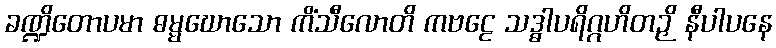
ခဏ္ဍိတောပမာ ဓမ္မဃောသော ကိံသီလောတိ ကဗဠေ သဒ္ဓါပရိဂ္ဂဟိတဉှိ နီပါပနေ